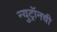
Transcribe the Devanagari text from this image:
न्युट्रॉनची